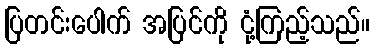
ပြတင်းပေါက် အပြင်ကို ငုံ့ကြည့်သည်။